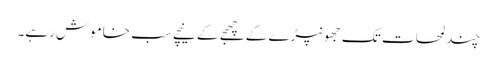
چند لمحات تک جھونپڑے کے چھجے کے نیچے سب خاموش رہے۔